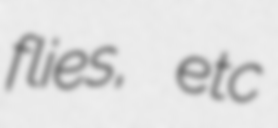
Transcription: flies, etc